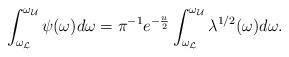
LaTeX: \begin{align*} \int_{\omega_{\mathcal{L}}}^{\omega_{\mathcal{U}}}\psi(\omega)d\omega = \pi^{-1} e^{-\frac{u}{2}} \int_{\omega_{\mathcal{L}}}^{\omega_{\mathcal{U}}}\lambda^{1/2}(\omega)d\omega.\end{align*}